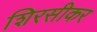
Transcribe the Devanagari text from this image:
शिरसीकर